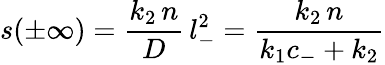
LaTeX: s(\pm\infty)=\frac{k_{2}\, n}{D}\, l_{-}^{2}=\frac{k_{2}\, n}{k_{1}c_{-}+k_{2}}